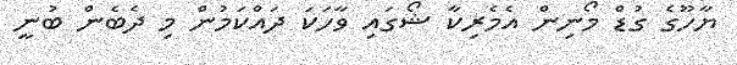
ޔާހޫގެ ގުޑް މޯނިން އެމެރިކާ ޝޯގައި ވާހަކަ ދައްކަމުން މި ދެބެން ބުނީ